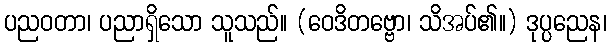
ပညဝတာ၊ ပညာရှိသော သူသည်။ (ဝေဒိတဗ္ဗော၊ သိအပ်၏။) ဒုပ္ပညေန၊